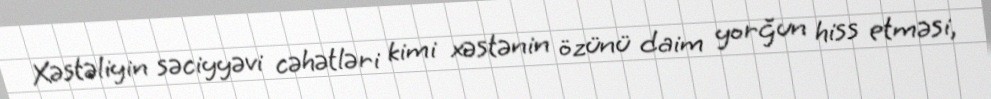
Xəstəliyin səciyyəvi cəhətləri kimi xəstənin özünü daim yorğun hiss etməsi,